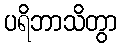
ပရိဘာသိတွာ